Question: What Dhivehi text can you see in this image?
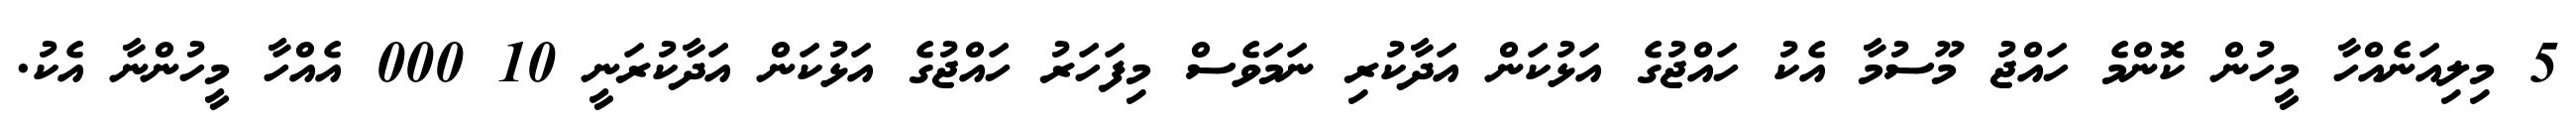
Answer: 5 މިލިއަނެއްހާ މީހުން ކޮންމެ ހައްޖު މޫސުމާ އެކު ހައްޖުގެ އަޅުކަން އަދާކުރި ނަމަވެސް މިފަހަރު ހައްޖުގެ އަޅުކަން އަދާކުރަނީ 10 000 އެއްހާ މީހުންނާ އެކު.